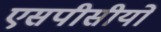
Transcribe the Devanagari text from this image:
एसपीसीयों